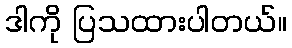
ဒါကို ပြသထားပါတယ်။